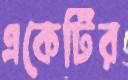
একেটির